King Institute of Preventive Medicine Bacteriolog. Section reports 1907-08
Year: 1907
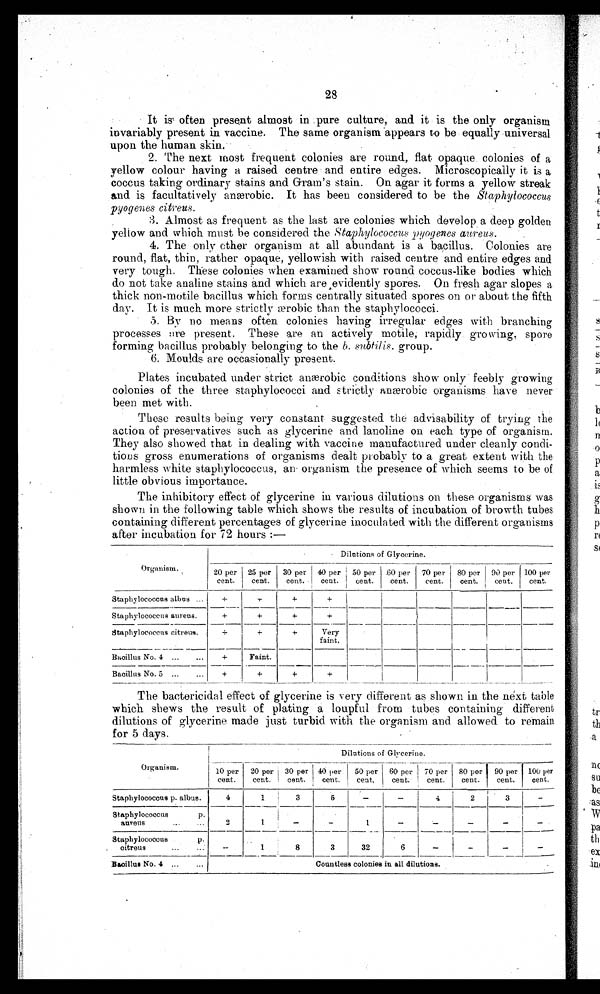
28
•
It is often present almost in .pure culture, and it is the only organism
invariably present in vaccine. The same organism appears to be equally universal
upon the human skin.
2. The next most frequent colonies are round, flat opaque colonies of a
yellow colour having a raised centre and entire edges. Microscopically it is a
coccus taking ordinary stains and. Gram's stain. On agar it forms a yellow streak
and is facultatively anæobic It has been considered to be the Staphylococcus
pyogenes citreus.
:3. Almost as frequent as the last are colonies which develop a deep golden
yellow and which must be considered the Staphylococcus pyogenes aureus.
4. The only ether organism at all abundant is a bacillus. Colonies are
round, flat, thin, rather opaque, yellowish with raised centre and entire edges and
very tough. These colonies when examined show round coccus-like bodies which
do not take analine stains and which are evidently spores. On fresh agar slopes a
thick non-motile bacillus which forms centrally situated spores on or about the fifth
day. It is much more strictly robic than the staphylococci.
• 5. By no means often colonies having irregular edges with branching
processes are present. These are an actively motile; rapidly growing, spore
forming bacillus probably belonging to the b. subtilis. group.
6. Moulds are occasionally present.
Plates incubated under strict anærobic conditions show only feebly growing
colonies of the three staphylococci and strictly anærobic organisms have never
been met with.
These results being very constant suggested the advisability of trying the
action of preservatives such as glycerine and lanoline on each type of organism.
They also showed that in dealing with vaccine manufactured under cleanly condi-
tions gross enumerations of organisms dealt probably to a great extent with the
harmless white staphylococcus, an organism the presence of which seems to be of
little obvious importance.
The inhibitory effect of glycerine in various dilutions on these organisms was
shown in the following table which shows the results of incubation of browth tubes
containing different percentages of glycerine inoculated with the different organisms
after incubation for 72 hours:—
Organism.
Dilutions of Glycerine.
20per
cent.
25 per
cent.
30 per
cent.
40 per 50 per
cent.
cent.
.60 per
cent.
70 per
cent.
80 per
cent.
90 per
cent.
100 per
cent.
Staphylococcus albus ...
+
+
+
Staphylococcus amens.
+
+
+
+
Staphylococcus citreus.
+
+
+
Very
faint.
Bacillus No. 4 ...
+
Faint.
Bacillus No. 5 ...
...
+
+
+
The bactericidal effect of glycerine is very different as shown in the next table
which shews the result of plating a Ioupful from tubes containing different
dilutions of glycerine made just turbid with the organism and. allowed to remain
for 5 days.
Organism.
Dilutions of Glycerine.
10 per
cent.
20 per 30 per 40 per
cent.
cent.
cent.
50 per
cent.
60 per 70 per
cent.
cent.
80 per 90 per 100 per
cent.
cent.
cent.
Staphylococcus p. album.
4
1
3
5 —
1
32
—
4
2
3
—
Staphylococcus
P.
a u r e u s
2
1
—
—
3
_ _
—
_
_
—
Staphylococcus
p.
(Atreus
...
...
_
1
8
6
—
—
Bacillue No. 4 ...
...
Countless colonies in all dilutions.